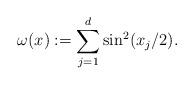
LaTeX: \begin{align*} \omega(x) := \sum_{j=1}^d \sin^2(x_j/2).\end{align*}